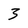
Character: 3